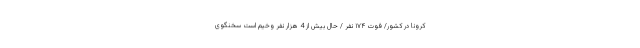
کرونا در کشور/ فوت ۱۷۴ نفر / حال بیش از 4 هزار نفر وخیم است سخنگوی